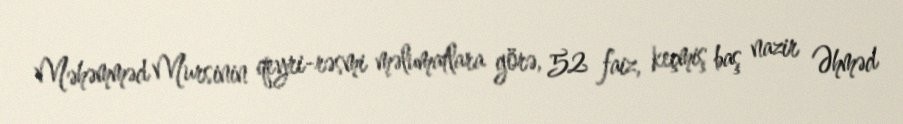
Məhəmməd Mursinin qeyri-rəsmi məlumatlara görə, 52 faiz, keçmiş baş nazir Əhməd